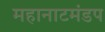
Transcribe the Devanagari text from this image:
महानाटमंडप